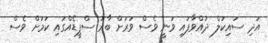
އަދި ސައިކަލް ދުއްވާފައި ވަނީ ވެސް ވަރަށް ބާރު ސްޕީޑެއްގައި ކަމަށް ވެސް